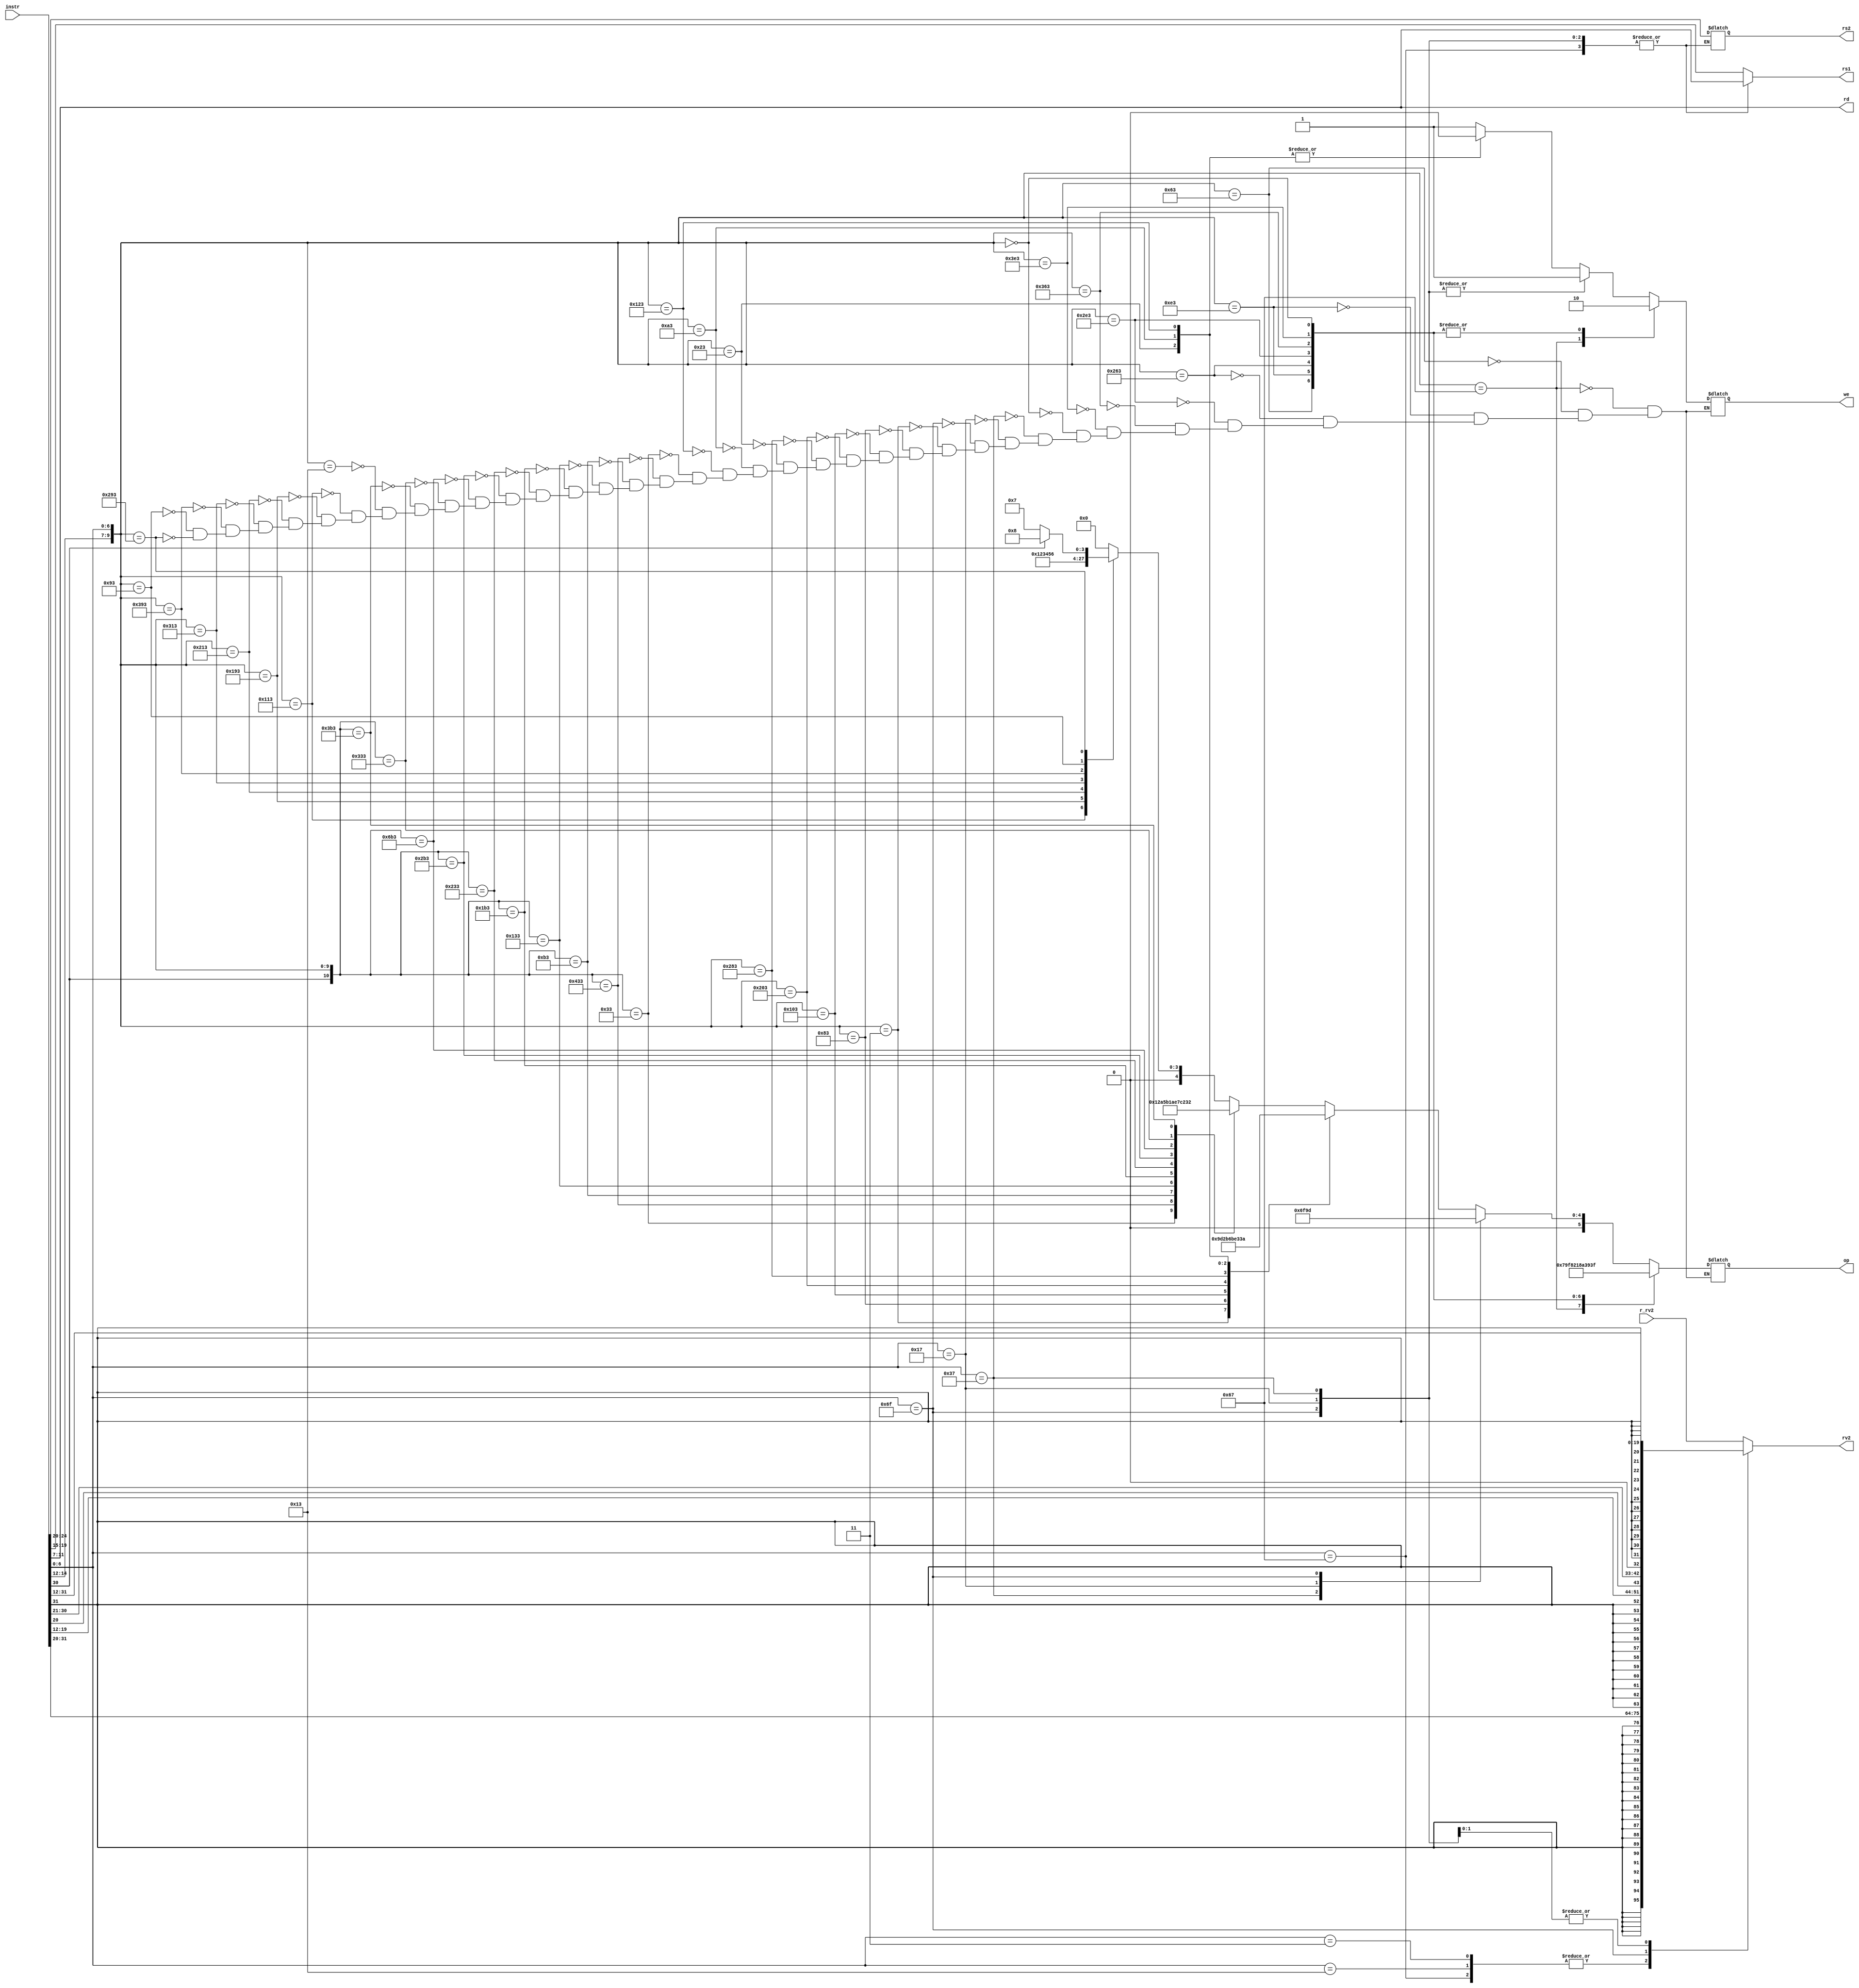
module dummydecoder(
    input [31:0] instr,  // Full 32-b instruction
    output [5:0] op,     // some operation encoding of your choice
    output [4:0] rs1,    // First operand reg address to reg file
    output [4:0] rs2,    // Second operand (reg address) to reg file
    output [4:0] rd,     // Output reg (address)
    input  [31:0] r_rv2, // From RegFile
    output [31:0] rv2,   // To ALU
    output we            // Write to reg (to reg file)
);
reg [31:0] rv2;
reg [4:0] rs1,rs2,rd;
reg [5:0] op;
reg we;


always@(*)
begin
        case (instr[6:0])
        7'b0110111,
        7'b0010111,
        7'b1101111,
        7'b1100111: begin rs1 <= instr[11:7]; rd <= instr[11:7]; end

        
        default: begin
        rs1 <= instr[19:15];
        rd <= instr[11:7];
        rs2 <= instr[24:20];
        end
        endcase


        case({instr[14:12],instr[6:0]})
        10'b000_0010011: begin op <= 6'd0; we<=1; end
        10'b010_0010011: begin op <= 6'd1; we<=1; end
        10'b011_0010011: begin op <= 6'd2; we<=1; end
        10'b100_0010011: begin op <= 6'd3; we<=1; end
        10'b110_0010011: begin op <= 6'd4; we<=1; end
        10'b111_0010011: begin op <= 6'd5; we<=1; end
        10'b001_0010011: begin op <= 6'd6; we<=1; end
        10'b101_0010011: begin if(instr[30]) begin op <= 6'd8; we<=1; end
                               else          begin op <= 6'd7; we<=1; end  
                         end
        endcase

        case({instr[30],instr[14:12],instr[6:0]})
        11'b0_000_0110011: begin op <= 6'd9 ; we<=1; end
        11'b1_000_0110011: begin op <= 6'd10; we<=1; end
        11'b0_001_0110011: begin op <= 6'd11; we<=1; end
        11'b0_010_0110011: begin op <= 6'd12; we<=1; end
        11'b0_011_0110011: begin op <= 6'd13; we<=1; end
        11'b0_100_0110011: begin op <= 6'd14; we<=1; end
        11'b0_101_0110011: begin op <= 6'd15; we<=1; end
        11'b1_101_0110011: begin op <= 6'd16; we<=1; end
        11'b0_110_0110011: begin op <= 6'd17; we<=1; end
        11'b0_111_0110011: begin op <= 6'd18; we<=1; end
        endcase

        case({instr[14:12],instr[6:0]})
        10'b000_0000011 : begin op <= 6'd19; we<=1;   end//        LB - Load Byte
        10'b001_0000011 : begin op <= 6'd20; we<=1;   end//        LH - Load HalfWord
        10'b010_0000011 : begin op <= 6'd21; we<=1;   end//        LW - Load Word
        10'b100_0000011 : begin op <= 6'd22; we<=1;   end//        LBU- Load Byte Unsigned
        10'b101_0000011 : begin op <= 6'd23; we<=1;   end//        LHU- Load HalfWord Unsigned
        10'b000_0100011 : begin op <= 6'd24; we<=0;   end//        SB - Store Byte
        10'b001_0100011 : begin op <= 6'd25; we<=0;   end//        SH - Store HalfWord
        10'b010_0100011 : begin op <= 6'd26; we<=0;   end//        SW - Store Word
        endcase
/////
        case(instr[6:0])
        7'b0110111 : begin op <= 6'd27; we<=1;   end//         LUI  - Load Upper Immediate
        7'b0010111 : begin op <= 6'd28; we<=1;   end//         AUIPC- Load HalfWord
        // un - conditional jumps
        7'b1101111 : begin op <= 6'd29; we<=1;   end//         JAL  - Jump And Link
        endcase

        case({instr[14:12],instr[6:0]})
        10'b000_1100111 : begin op <= 6'd30; we<=1;   end//         JALR - Jump And Link Register
        // conditional jumps
        10'b000_1100011 : begin op <= 6'd31; we<=0;   end//         BEQ  - Branch if EQual
        10'b001_1100011 : begin op <= 6'd32; we<=0;   end//         BNE  - Branch if Not Equal
        10'b100_1100011 : begin op <= 6'd33; we<=0;   end//         BLT  - Branch if Less Than
        10'b101_1100011 : begin op <= 6'd34; we<=0;   end//         BGE  - Branch if Greater than or Equal
        10'b110_1100011 : begin op <= 6'd35; we<=0;   end//         BLTU - Branch if Less Than Unsigned
        10'b111_1100011 : begin op <= 6'd36; we<=0;   end//         BGEU - Branch if Greater than or Equal Unsigned
        10'b000_0000000 : begin op <= 6'd63; we<=0;   end // default statement
        endcase

        case(instr[6:0])
        7'b1100111, // JALR
        7'b0000011,
        7'b0010011 :begin rv2 = ({ {20{instr[31]}} ,instr[31:20] });  end/// considering SLLI,SRLI,SRAI under this categ.

        7'b1101111 :begin rv2 = ({ {12{instr[31]}} , instr[19:12], instr[20], instr[30:21], {1'b0} }); end// JAL //LSB is forced to 0

        7'b0110111, // LUI and AUIPC
        7'b0010111 :begin rv2 = ({ {12{instr[31]}}, instr[31:12] }); end/// LUI , AUIPC

        default :   begin rv2 = r_rv2; end // from regfile to ALU
        endcase

end

endmodule